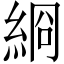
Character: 綗